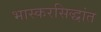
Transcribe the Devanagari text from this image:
भास्करसिद्धांत